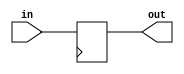
module Inverter_Delay(input wire in, output reg out);

reg [3:0] delay;

always @ (posedge clk)
begin
    out <= #delay in;
end

endmodule